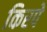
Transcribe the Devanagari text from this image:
किरपे